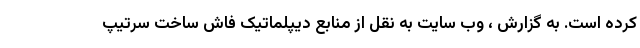
کرده است. به گزارش ، وب سایت به نقل از منابع دیپلماتیک فاش ساخت سرتیپ